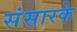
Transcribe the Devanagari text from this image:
संसारके